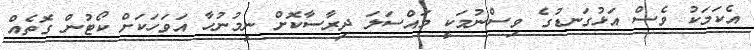
އެކަމަކު ވެސް އަޅުގަނޑުގެ ވިސްނުމަކީ މައްސަލަ ދިރާސާކޮށް ނިމުނުހާ އަވަހަކަށް ކޯޓުން ގޮތެއް